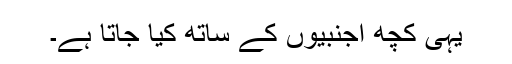
یہی کچھ اجنبیوں کے ساتھ کیا جاتا ہے۔